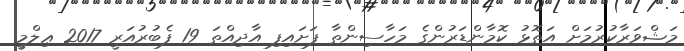
މަޝްވަރާކުރުމަށް އަތޮޅު ކޮމާންޑަރުންގެ މަހާސިންތާ ފަށައިފި އާދިއްތަ 19 ފެބުރުއަރީ 2017 ޢިލްމީ